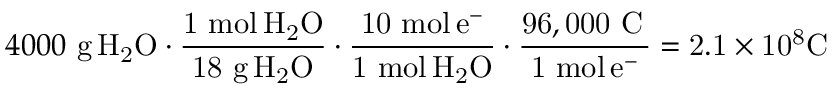
4 0 0 0 \ { \mathrm { g } } \, \mathrm { { { H } _ { 2 } \mathrm { { { O } \cdot { \frac { 1 \ { \mathrm { m o l } } \, \mathrm { { { H } _ { 2 } \mathrm { { O } } } } } { 1 8 \ { \mathrm { g } } \, H _ { 2 } O } } \cdot { \frac { 1 0 \ { \mathrm { m o l } } \, e ^ { - } } { 1 \ { \mathrm { m o l } } \, H _ { 2 } O } } \cdot { \frac { 9 6 , 0 0 0 \ { \mathrm { C } } \, } { 1 \ { \mathrm { m o l } } \, e ^ { - } } } = 2 . 1 \times 1 0 ^ { 8 } C \ \, \ } } } }